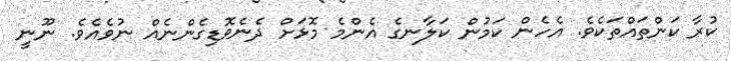
ކުރާ ކަންތައްތަކެވެ. އެހެން ކަމުން ކަލާނގެ އެންމެ މޮޅަށް ދެނެވޮޑިގެންނެއް ނުވެއެވެ. ނޫނީ